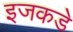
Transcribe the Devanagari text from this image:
इजकडे